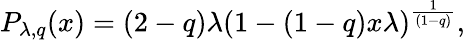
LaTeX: P_{\lambda,q}(x)=(2-q)\lambda(1-(1-q)x\lambda)^{\frac{1}{(1-q)}},